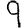
Digit: 9